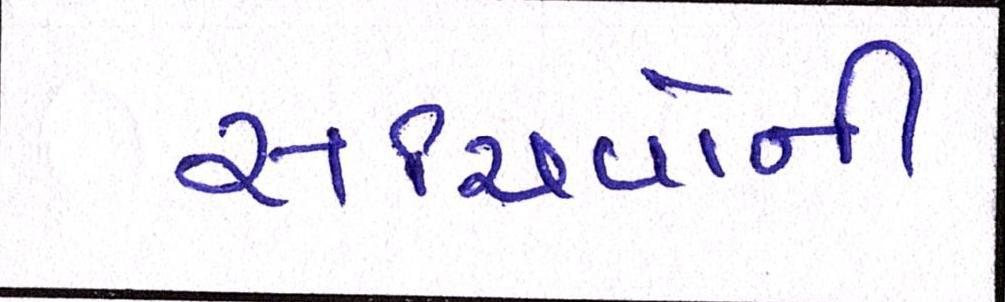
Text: સચિવોની